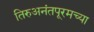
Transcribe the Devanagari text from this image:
तिरुअनंतपूरमच्या